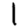
Digit: 1